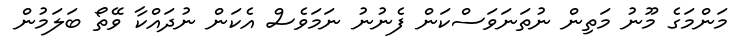
މަންމަގެ މޫނު މަތިން ނުތަނަވަސްކަން ފެނުނު ނަމަވެސް އެކަން ނުދައްކާ ވޭތޯ ބަލަމުން